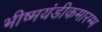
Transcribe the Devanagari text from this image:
भीष्मयंडीकमारम्भ